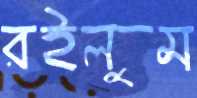
রইলুম